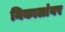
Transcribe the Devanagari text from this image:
निकालांवर